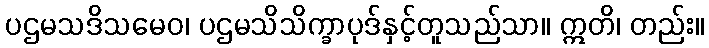
ပဌမသဒိသမေဝ၊ ပဌမသိသိက္ခာပုဒ်နှင့်တူသည်သာ။ ဣတိ၊ တည်း။